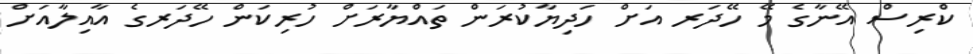
ކްރިސް އޭނާގެ މޭ ހޭދަރ އަށް ހަދިޔާކުރަން ތައްޔާރަށް ހުރިކަން ހޭދަރގެ އާއިލާއަށް